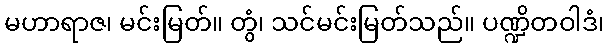
မဟာရာဇ၊ မင်းမြတ်။ တွံ၊ သင်မင်းမြတ်သည်။ ပဏ္ဍိတဝါဒံ၊